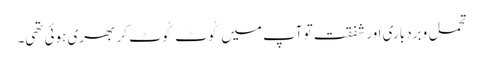
تحمل و بردباری اور شفقت تو آپ میں کُوٹ کُوٹ کر بھری ہوئی تھی۔